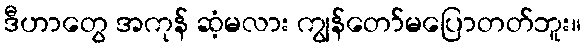
ဒီဟာတွေ အကုန် ဆံ့မလား ကျွန်တော်မပြောတတ်ဘူး။